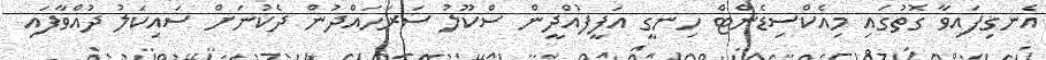
އެނގިފައިވާ ގޮތުގައި މިއެކްސިޑެންޓް ހިނގީ އަފީފުއްދީން ސްކޫލު ސަރަހައްދުން ދެކުނަށް ސައިކަލު ދުއްވާފައި